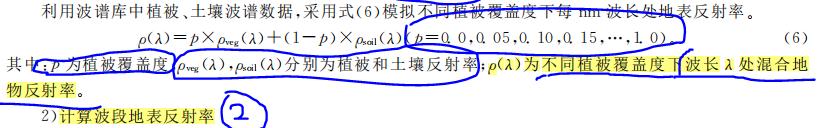
利用波谱库中植被、土壤波谱数据，采用式(6)模拟不同植被覆盖度下每 $\mathrm{nm}$ 波长处地表反射率。
\[
\rho(\lambda)=p\times \rho_{\mathrm{veg}}(\lambda)+(1 - p)\times \rho_{\mathrm{soil}}(\lambda)\quad (p = 0.0, 0.05, 0.10, 0.15, \cdots, 1.0)
\]
其中：$p$ 为植被覆盖度，$\rho_{\mathrm{veg}}(\lambda),\rho_{\mathrm{soil}}(\lambda)$ 分别为植被和土壤反射率；$\rho(\lambda)$ 为不同植被覆盖度下波长 $\lambda$ 处混合地物反射率。

2) 计算波段地表反射率 2